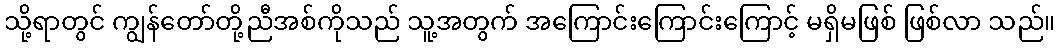
သို့ရာတွင် ကျွန်တော်တို့ညီအစ်ကိုသည် သူ့အတွက် အကြောင်းကြောင်းကြောင့် မရှိမဖြစ် ဖြစ်လာ သည်။